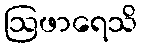
ဩဖာရေသိ